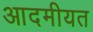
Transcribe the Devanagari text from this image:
आदमीयत